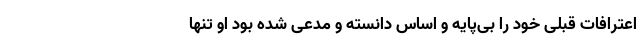
اعترافات قبلی خود را بی‌پایه و اساس دانسته و مدعی شده بود او تنها